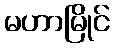
မဟာမြိုင်